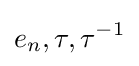
e_{n},\tau ,\tau ^{-1}